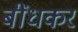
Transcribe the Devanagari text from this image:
बींधकर